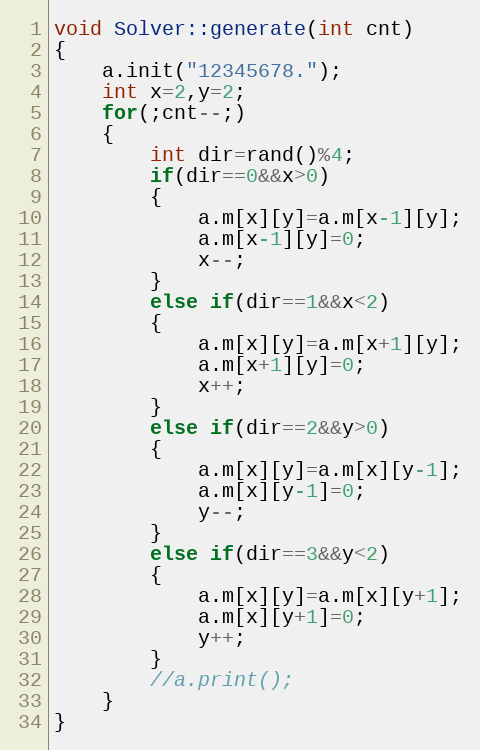
Language: C++
void Solver::generate(int cnt)
{
    a.init("12345678.");
    int x=2,y=2;
    for(;cnt--;)
    {
        int dir=rand()%4;
        if(dir==0&&x>0)
        {
            a.m[x][y]=a.m[x-1][y];
            a.m[x-1][y]=0;
            x--;
        }
        else if(dir==1&&x<2)
        {
            a.m[x][y]=a.m[x+1][y];
            a.m[x+1][y]=0;
            x++;
        }
        else if(dir==2&&y>0)
        {
            a.m[x][y]=a.m[x][y-1];
            a.m[x][y-1]=0;
            y--;
        }
        else if(dir==3&&y<2)
        {
            a.m[x][y]=a.m[x][y+1];
            a.m[x][y+1]=0;
            y++;
        }
        //a.print();
    }
}